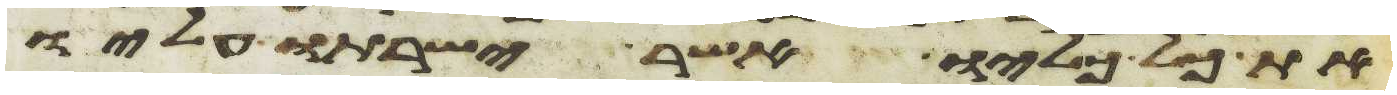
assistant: את כל כליו אשר ישרתו עליו